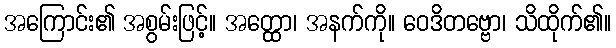
အကြောင်း၏ အစွမ်းဖြင့်။ အတ္ထော၊ အနက်ကို။ ဝေဒိတဗ္ဗော၊ သိထိုက်၏။